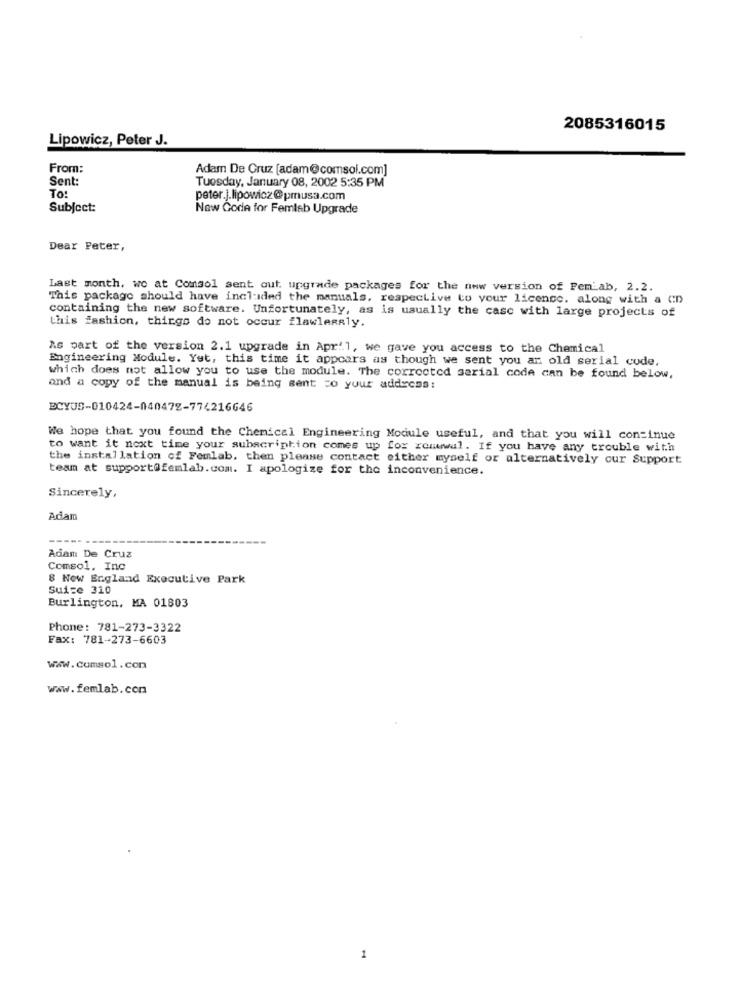
2085316015
Lipowicz, Peter J.
From:
Adam De Gruz [adam@comsol.com]
Sent:
Tuesday, January 08, 2002 5:35 PM
To:
peter.j.lipowicz@pmusa.com
Subject:
New Gode for Femlab Upgrade
Dear Peter,
Last month, wo at Consol sent out upgrade packages for the new version of FemLab, 2.2.
This package should have included the manuals, respective to your licence, along with a CD
containing the new software. Unfortunately, as is usually the case with large projects of
this fashion, things do not occur flawlessly.
As part of the version 2.1 upgrade in April, we gave you access to the Chemical
Engineering Module. Yet, this time it appears as though we sent you an old serial code.
which does not allow you to use the module. The corrected serial code can be found below,
and a copy of the manual is being sent to your address:
BCYUS-010424-040472-776216G46
We hope that you found the Chemical Engineering Module useful, and that you will continue
to want it next time your subscription comes up for ronuwal. If you have any trouble with
the installation of Femlab, then please contact either myself or alternatively cur Support
team at support@femlab.com. I apologize for the inconvenience.
Sincerely,
Adam
Adam De Cruz
Comsol. Inc
8 New England Executive Park
Suite 310
Burlington, MA 01803
Phone: 781-273-3322
Fax: 781-273-6603
www.comsol.com
www.femlab.con
1